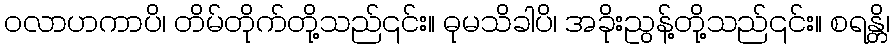
ဝလာဟကာပိ၊ တိမ်တိုက်တို့သည်၎င်း။ ဓုမသိခါပိ၊ အခိုးညွန့်တို့သည်၎င်း။ စရန္တိ၊